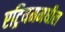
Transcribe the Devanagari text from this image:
एट्रियममधील